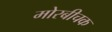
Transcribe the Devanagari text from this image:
मोरबीचक